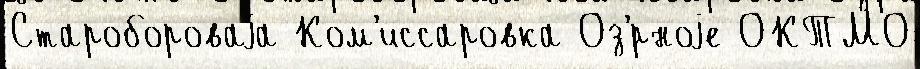
Старобороваjа Ком'иссаровка Оз'́рноjе ОКТМО